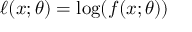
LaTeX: \ell ( x ; \theta ) = \log ( f ( x ; \theta ) )